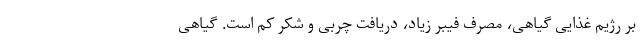
بر رژیم غذایی گیاهی، مصرف فیبر زیاد، دریافت چربی و شکر کم است. گیاهی